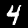
Label: 4